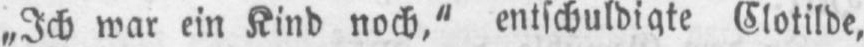
„Ich war ein Kind noch,“ entschuldigte Clotilde,